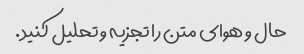
حال و هوای متن را تجزیه و تحلیل کنید.